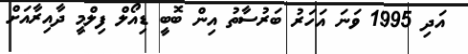
އަދި 1995 ވަނަ އަހަރު ބަރުސާތު އިން ބޮބީ ޑިއޯލް ފިލްމީ ދާއިރާއަށް